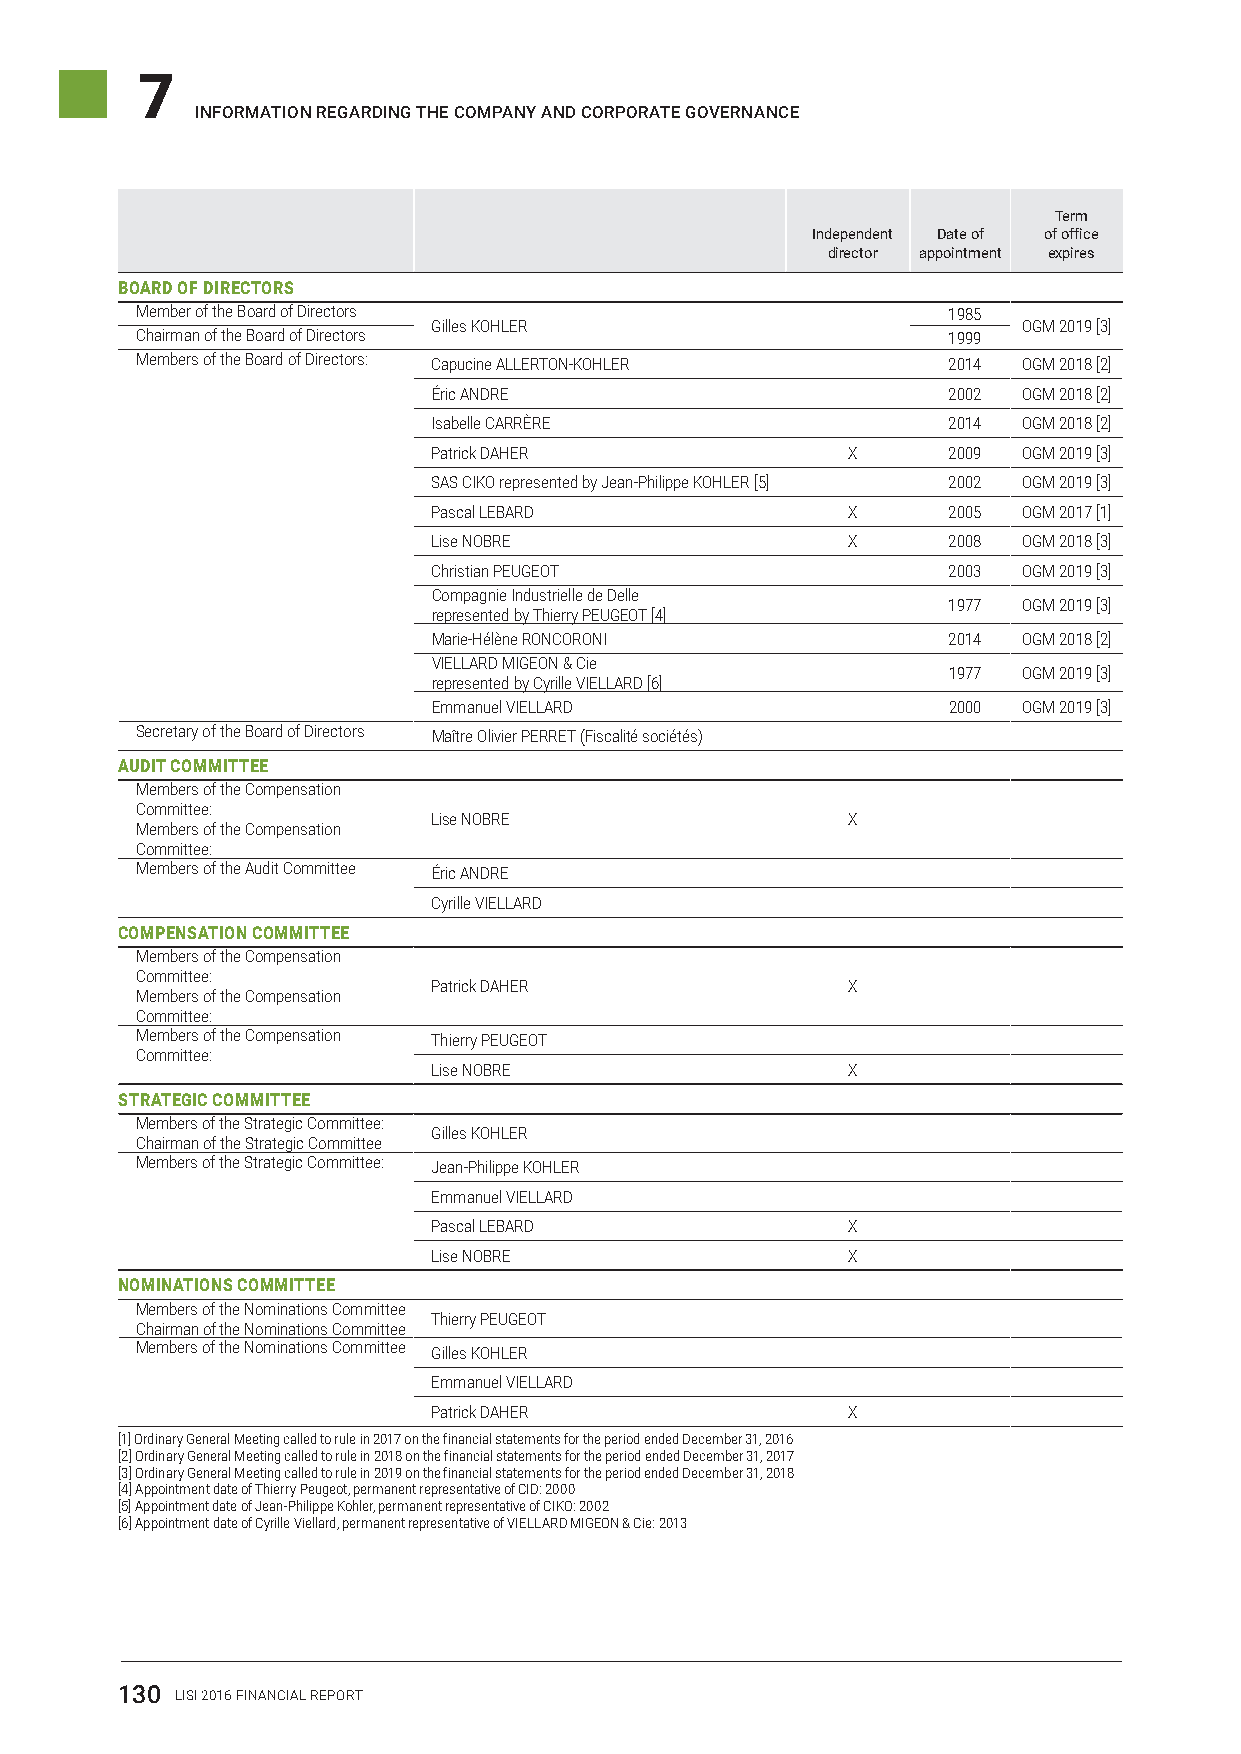
7
 InformatIon regardIng the company and corporate governance
 Term
 Independent Date of of office
 director appointment expires
 BOARD OF DIRECTORS
 Member of the Board of Directors                      1985
 Gilles KOHLER                          OGM 2019 [3]
 Chairman of the Board of Directors                    1999
 Members of the Board of Directors: Capucine ALLERTON-KOHLER 2014 OGM 2018 [2]
 Éric ANDRE                        2002 OGM 2018 [2]
 Isabelle CARRÈRE                  2014 OGM 2018 [2]
 Patrick DAHER              X      2009 OGM 2019 [3]
 SAS CIKO represented by Jean-Philippe KOHLER [5] 2002 OGM 2019 [3]
 Pascal LEBARD              X      2005 OGM 2017 [1]
 Lise NOBRE                 X      2008 OGM 2018 [3]
 Christian PEUGEOT                 2003 OGM 2019 [3]
 Compagnie Industrielle de Delle
 1977 OGM 2019 [3]
 represented by Thierry PEUGEOT [4]
 Marie-Hélène RONCORONI            2014 OGM 2018 [2]
 VIELLARD MIGEON & Cie
 1977 OGM 2019 [3]
 represented by Cyrille VIELLARD [6]
 Emmanuel VIELLARD                 2000 OGM 2019 [3]
 Secretary of the Board of Directors Maître Olivier PERRET (Fiscalité sociétés)
 AUDIT COMMITTEE
 Members of the Compensation
 Committee:
 Lise NOBRE                 X
 Members of the Compensation
 Committee:
 Members of the Audit Committee Éric ANDRE
 Cyrille VIELLARD
 COMPENSATION COMMITTEE
 Members of the Compensation
 Committee:
 Patrick DAHER              X
 Members of the Compensation
 Committee:
 Members of the Compensation Thierry PEUGEOT
 Committee:
 Lise NOBRE                 X
 STRATEGIC COMMITTEE
 Members of the Strategic Committee:
 Gilles KOHLER
 Chairman of the Strategic Committee
 Members of the Strategic Committee: Jean-Philippe KOHLER
 Emmanuel VIELLARD
 Pascal LEBARD              X
 Lise NOBRE                 X
 NOMINATIONS COMMITTEE
 Members of the Nominations Committee
 Thierry PEUGEOT
 Chairman of the Nominations Committee
 Members of the Nominations Committee Gilles KOHLER
 Emmanuel VIELLARD
 Patrick DAHER              X
 [1] Ordinary General Meeting called to rule in 2017 on the financial statements for the period ended December 31, 2016
 [2] Ordinary General Meeting called to rule in 2018 on the financial statements for the period ended December 31, 2017
 [3] Ordinary General Meeting called to rule in 2019 on the financial statements for the period ended December 31, 2018
 [4] Appointment date of Thierry Peugeot, permanent representative of CID: 2000
 [5] Appointment date of Jean-Philippe Kohler, permanent representative of CIKO: 2002
 [6] Appointment date of Cyrille Viellard, permanent representative of VIELLARD MIGEON & Cie: 2013
 130 LISI 2016 FINANCIAL REPORT